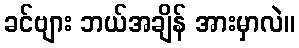
ခင်ဗျား ဘယ်အချိန် အားမှာလဲ။